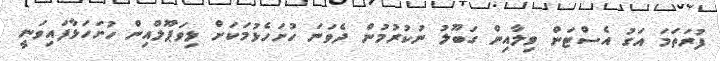
ފުރަތަމަ އަގު އެސްޓަން ވިލާއިން ގަބޫލު ނުކުރުމުން ދެވަނަ ހުށަހެޅުމަކަށް ލިވަޕޫލްއިން ހުށަހަޅާފައިވަނީ